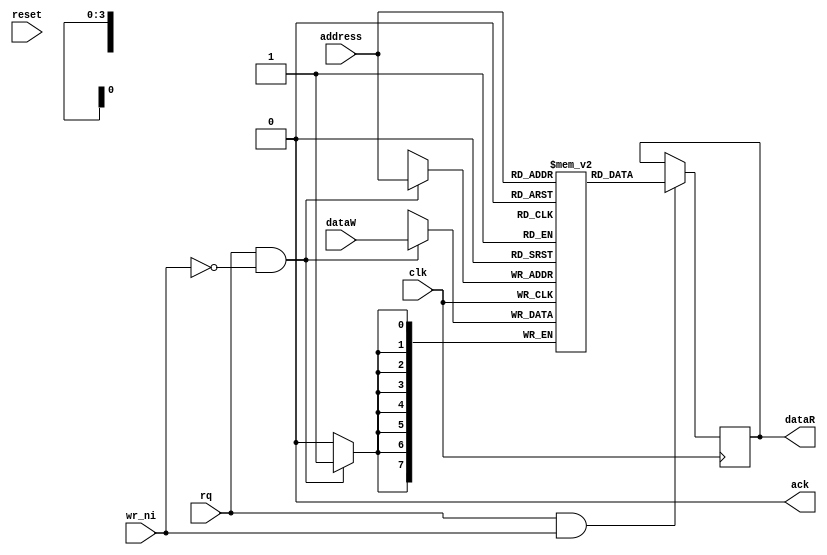
// Module:  ram

module ram #(
    parameter DATA_WIDTH = 8,
    parameter ADDR_WIDTH = 4,
    parameter MEMORY_DEPTH = 16,
    parameter NO_DELAY   = 1'b1, // 0 for delayed acknowlege
    parameter DELAY_ACK = 2   // Number of clock cycles before ack, can take values between 0 and 15  
)(
    input                           clk,     // Clock signal
    input                           reset,   // Reset signal, used for delay_counter register
    input      [ADDR_WIDTH-1 : 0]   address, // Address line
    input                           rq,      // Request signal
    output                          ack,     // Acknowledge output
    input                           wr_ni,   // Selection between read and write operations, 1 = read
    input      [DATA_WIDTH-1 : 0]   dataW,   // Data to be written
    output reg [DATA_WIDTH-1 : 0]   dataR    // Date sent to client
    
);

    reg [DATA_WIDTH-1:0] mem [MEMORY_DEPTH-1 : 0];
    reg rq_d;
    reg [3:0] delay_counter;


    always @(posedge clk)
        if(rq && wr_ni)  dataR <= mem[address];

    always @(posedge clk)
        if (rq && ~wr_ni)  mem[address] <= dataW;

    always @(posedge clk)
    begin
        rq_d <= rq;
    end

    always @(posedge clk or posedge reset)
    begin
        if(reset) delay_counter <= 'b0;
        else if(DELAY_ACK == 0) delay_counter <= 'b0;
        else if (rq) delay_counter <= delay_counter + 'b1;
        //else if (delay_counter == DELAY_ACK) delay_counter <= 'b0;
        else if (~rq) delay_counter <= 'b0;
    end

    
    assign ack = rq && rq_d && (delay_counter == DELAY_ACK && ~NO_DELAY);

endmodule